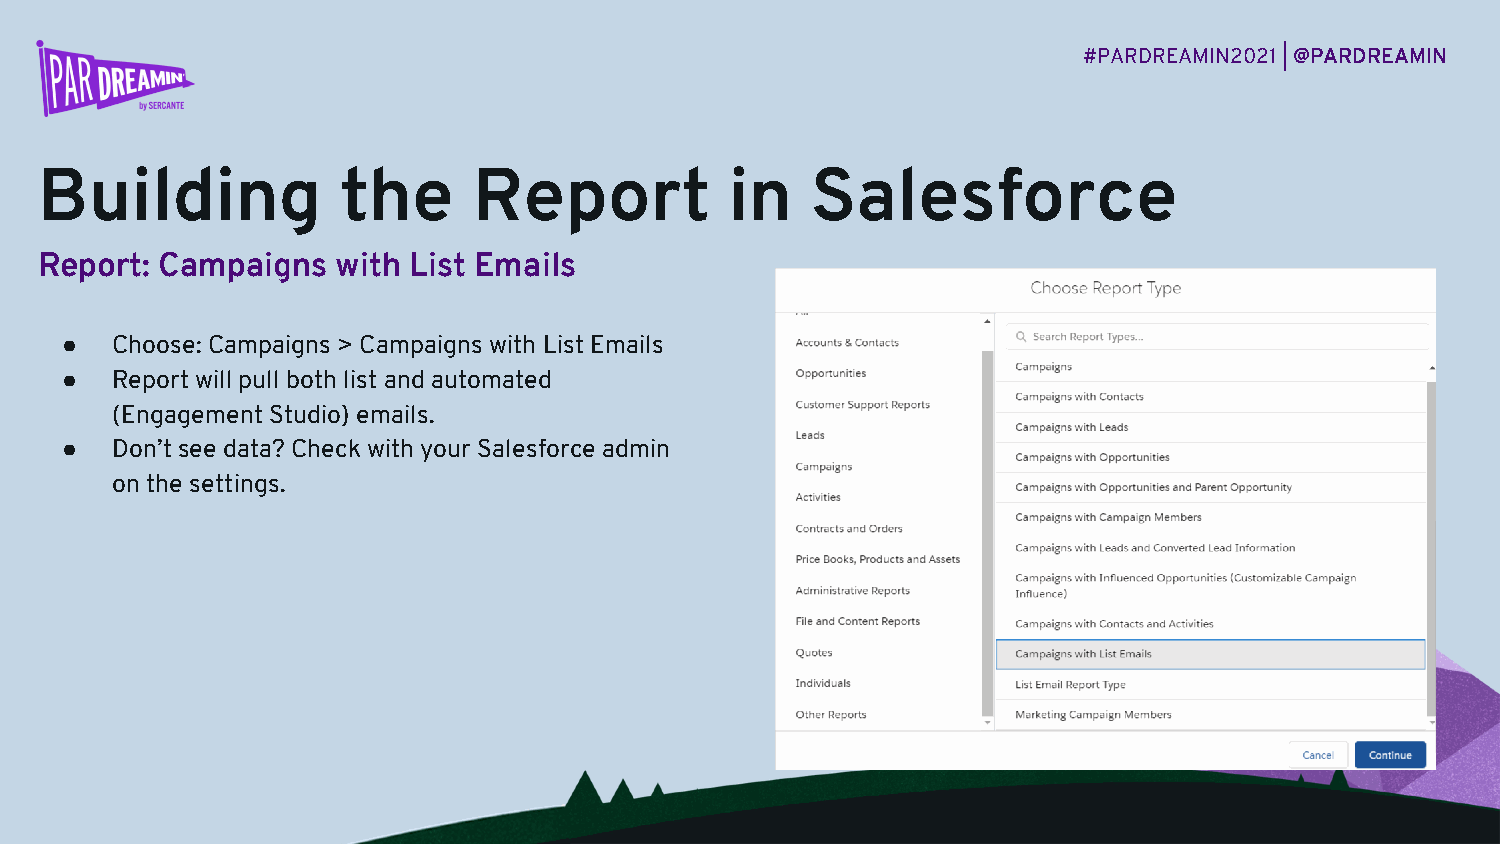
#PARDREAMIN2021 |@PARDREAMIN
 Building             the     Report           in    Salesforce
 Report:  Campaigns  with List Emails
 ●  Choose: Campaigns > Campaigns with List Emails
 ●  Report will pull both list and automated
 (Engagement Studio) emails.
 ●  Don’t see data? Check with your Salesforce admin
 on the settings.